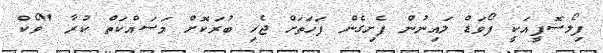
ފިލޯސޮފީއަކީ ފޯވަޑް ލައިނުން ފެށިގެން ފަހަތަށް ޖެހި ބުރަކޮށް މަސައްކަތް ކުރާ "ވޯކް